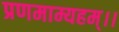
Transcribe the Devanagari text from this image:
प्रणमाम्यहम्।।